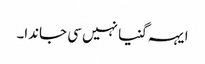
ایہہ گنیا نہیں سی جاندا۔